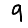
Digit: 9